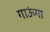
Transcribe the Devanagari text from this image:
गाऊंगा